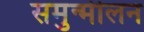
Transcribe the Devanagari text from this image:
समुन्मीलन